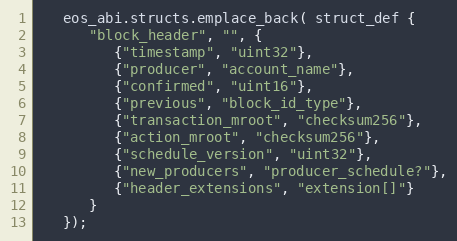
Language: C++
   eos_abi.structs.emplace_back( struct_def {
      "block_header", "", {
         {"timestamp", "uint32"},
         {"producer", "account_name"},
         {"confirmed", "uint16"},
         {"previous", "block_id_type"},
         {"transaction_mroot", "checksum256"},
         {"action_mroot", "checksum256"},
         {"schedule_version", "uint32"},
         {"new_producers", "producer_schedule?"},
         {"header_extensions", "extension[]"}
      }
   });